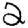
Digit: 2